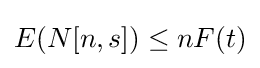
E(N[n,s])\leq nF(t)